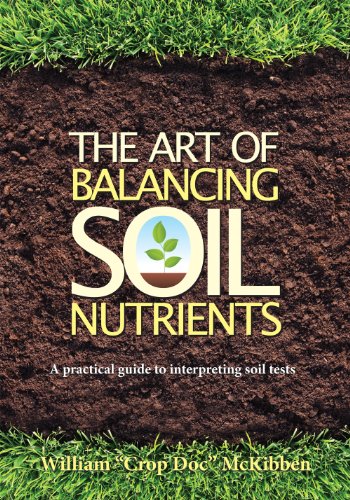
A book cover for The Art of Balancing Soil Nutrients: A Practical Guide to Interpreting Soil Tests; William McKibben; Science & Math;